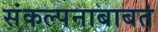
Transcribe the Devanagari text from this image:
संकल्पनाबाबत